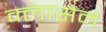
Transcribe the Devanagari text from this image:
क्लासेन